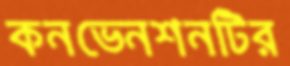
কনভেনশনটির